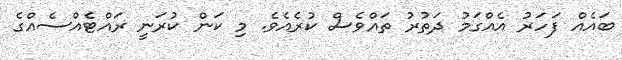
ބައެއް ފަހަރު އެއްގަމު ދަތުރު ތައްވެސް ކުރެއެވެ. މި ކަން ކުރަނީ ރައްޓެއްސެއްގެ